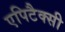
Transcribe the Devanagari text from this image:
एपिटैक्सी